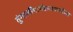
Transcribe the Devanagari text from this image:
तुंगार्लीमार्गेराजमाचीला